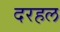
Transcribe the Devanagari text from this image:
दरहल